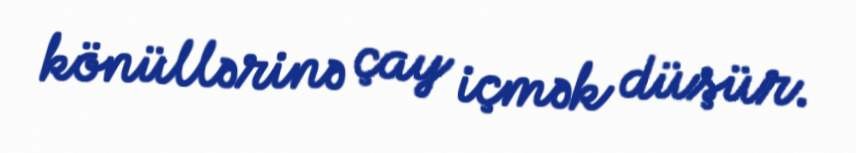
könüllərinə çay içmək düşür.